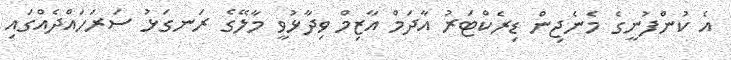
އެ ކުންފުނީގެ މެނެޖިން ޑިރެކްޓަރު އާދަމް އާޒިމް ވިދާޅުވީ މާލޭގެ ރަނގަޅު ސަރަހައްދެއްގައި